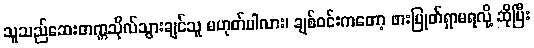
သူသည်ဆေးတက္ကသိုလ်သွားချင်သူ မဟုတ်ပါလား၊ ချစ်ဝင်းကတော့ ဖားပြုတ်ရှာမရလို့ ဆိုပြီး